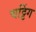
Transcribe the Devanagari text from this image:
चट्टिंग